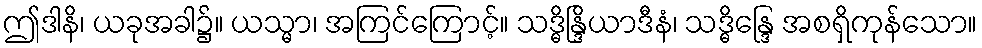
ဤဒါနိ၊ ယခုအခါ၌။ ယသ္မာ၊ အကြင်ကြောင့်။ သဒ္ဓိန္ဒြိယာဒီနံ၊ သဒ္ဓိန္ဒြေ အစရှိကုန်သော။